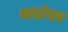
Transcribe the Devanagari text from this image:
थरांवर